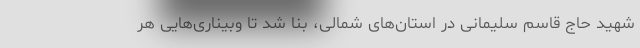
شهید حاج قاسم سلیمانی در استان‌های شمالی، بنا شد تا وبیناری‌هایی هر